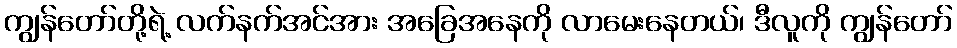
ကျွန်တော်တို့ရဲ့ လက်နက်အင်အား အခြေအနေကို လာမေးနေတယ်၊ ဒီလူကို ကျွန်တော်